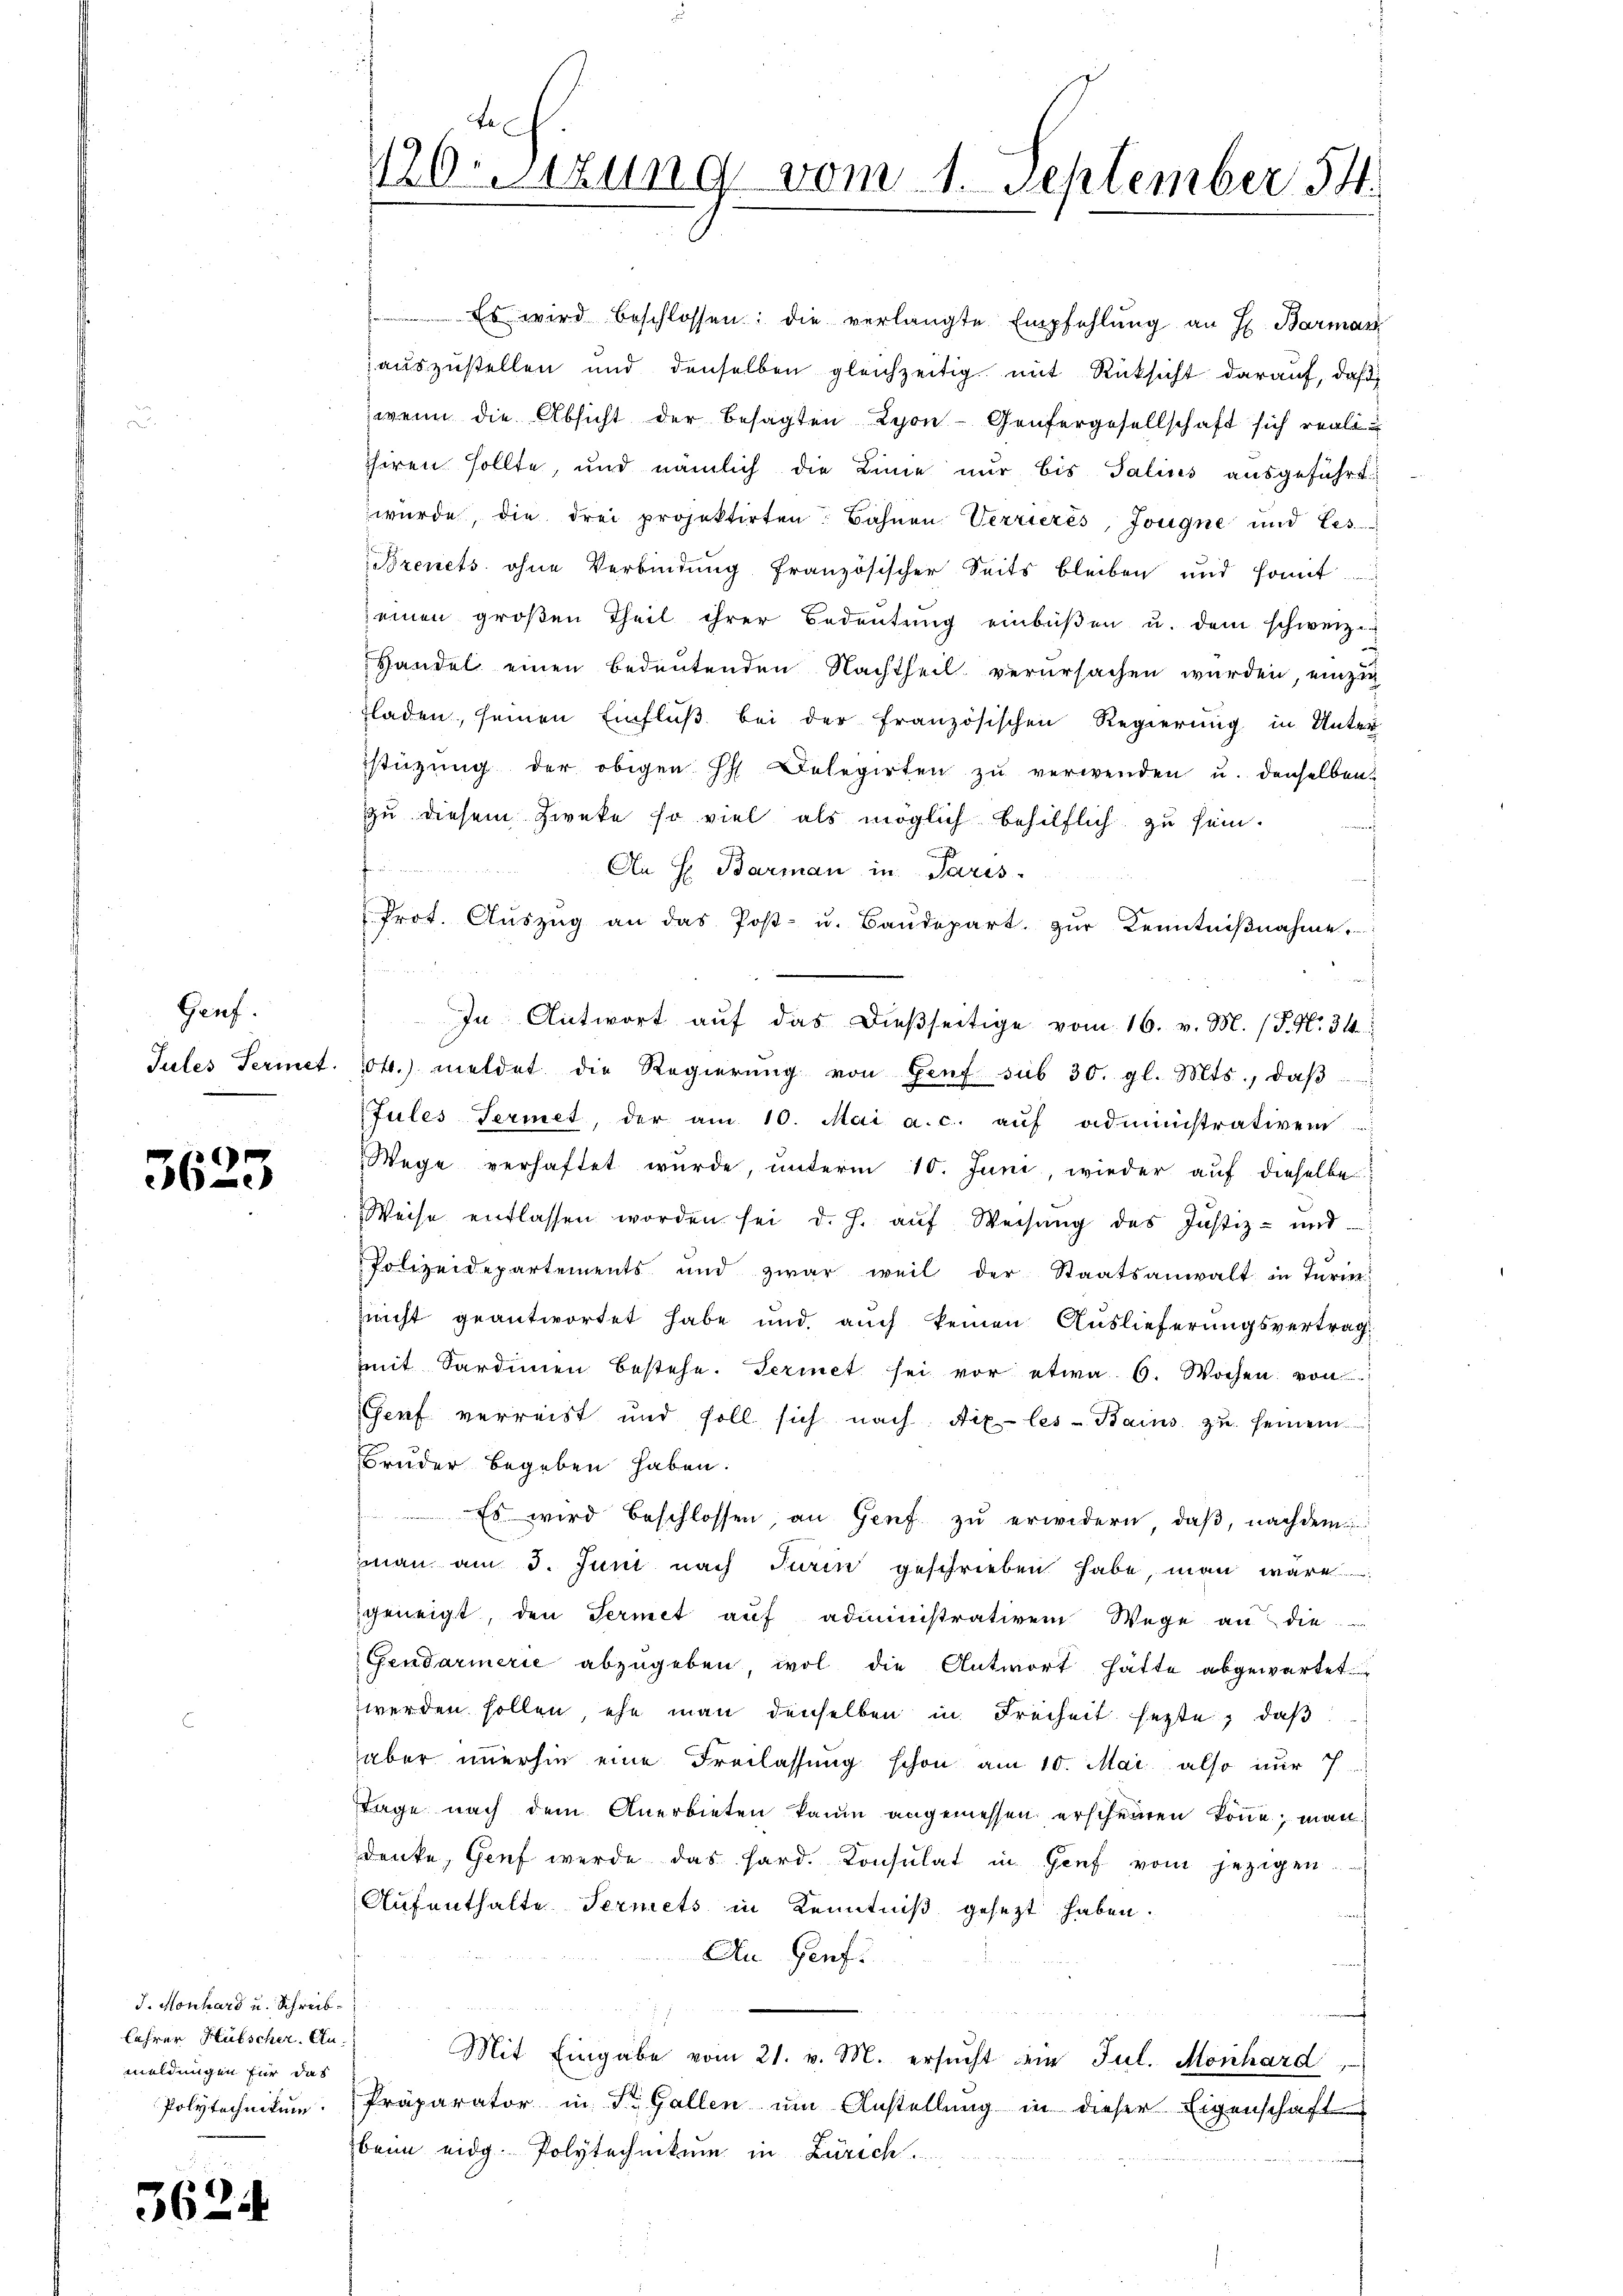
Genf.

5625

J. Monhard u. Schreib¬
Lehrer Hübscher. Aumeldungen für das
Polytechnikum.

3624

Es wird beschlossen: die verlangte Empfehlŭng an H. Barman
auszustellen und denselben gleichzeitig mit Rücksicht darauf, daß
wenn die Absicht der besagten Lyon - Genfergesellschaft sich reali¬
Thiren sollte, und nämlich die Linie nur bis Talius ausgeführt
würde, die drei projektirten: Bahnen Verrierés, Jougne und Les
Brevets ohne Verbindung französischer Seits bleiben und somit
seinen groβen Theil ihrer Bedeutung einbüßen u. dem schweiz.
Handel einen bedeutenden Nachtheil verursachen wurden, einzig
fladen, seinen Einfluß bei der französischen Regierung in Unter
stüzung der obigen Ph. Delegirten zŭ verwenden u. denselben
zu diesem Zweke so viel als möglich behilflich zu sein.
An H. Barman in Paris
Prot. Aŭszŭg an das Post- u. Baŭdepart zŭr Kenntniβnahme.
In Antwort aŭf das dießseitige vom 16. v. M. (T. N. 34.
Tules Sermet. 104. meldet die Regierŭng von Genf sub 30. gl. Mts., daβ
Jules fermet, der am 10. Mai a.c. aŭf administrativem
Wege verhaftet wurde, unterm 10. Juni, wieder auf dieselbe
Weise entlassen worden sei d. h. aŭf Weisŭng des Justiz- und
Polizeidepartements und zwar weil der Staatsanwalt in Turin
nicht geantwortet habe und auch keinen Auslieferungsvertrag
mmit Sardinen bestehe. Feriet sei vor etwa 6. Wochen von
Genf verreist und soll sich nach Aix-les-Bains zu seinem
Bruder begeben haben.
Es wird beschlossen an Genf zu erwidern, daß, nachdem
man am 3. Juni nach Parin geschrieben habe, man wäre
geneigt, den Termit aŭf administrativem Wege an die
Gendarmerie abzugeben, wol die Antwort hätte abgewartet
werden sollen, ehe man denselben in Freiheit hegte, daß
aber immerhin eine Freilassung schon am 10. Mai also nur 7
Tage nach dem Anerbieten kaum angemessen erscheinen könne; man
denke, Genf werde das Hard. Konsulat in Genf vom jezigen
Aufenthalte Sermets in Kenntniß gesezt haben.
An Genf.
Mit Eingabe vom 21. v. M. ersŭcht am Jul. Monhard,
Präparator in St. Gallen um Anstellung in dieser Eigenschaft
beim eidg. Polytechnikum in Zürich.

Fe
1120. Sitzung vom 1. September 14.